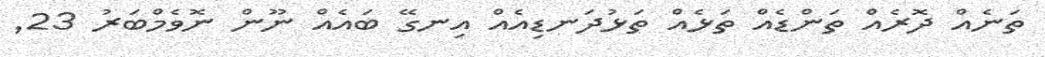
ތަނެއް ދޮރެއް ތަންޑެއް ތަޅެއް ތަޅުދަނޑިއެއް އިނގޭ ބައެއް ނޫން ނޮވެމްބަރު 23